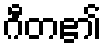
ဂီတ၏